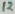
Text: 12